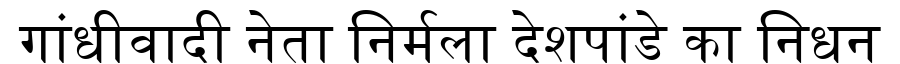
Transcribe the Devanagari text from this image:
गांधीवादी नेता निर्मला देशपांडे का निधन